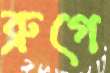
ব্রুগে